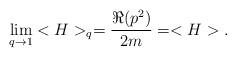
LaTeX: \begin{align*} \lim_{q\rightarrow 1}<H>_q=\frac {\Re(p^2)} {2m}=<H>.\end{align*}